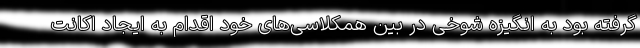
گرفته بود به انگیزه شوخی در بین همکلاسی‌های خود اقدام به ایجاد اکانت